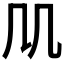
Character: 𠘬